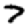
Digit: 7